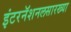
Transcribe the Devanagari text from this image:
इंटरनॅशनलसारख्या